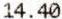
14.40